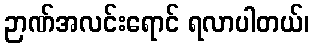
ဉာဏ်အလင်းရောင် ရလာပါတယ်၊